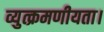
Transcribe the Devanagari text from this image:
व्युत्क्रमणीयता।